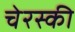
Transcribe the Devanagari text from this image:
चेरस्की